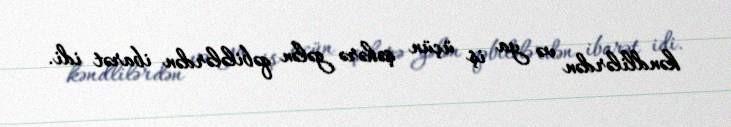
kəndlilərdən və ya iş üçün şəhərə gələn qəbilələrdən ibarət idi.